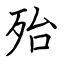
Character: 殆